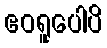
ဧဝရူပေါပိ